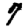
Digit: 7